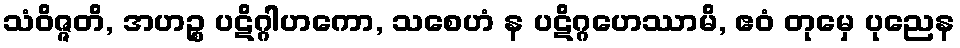
သံဝိဇ္ဇတိ, အဟဉ္စ ပဋိဂ္ဂါဟကော, သစေဟံ န ပဋိဂ္ဂဟေဿာမိ, ဧဝံ တုမှေ ပုညေန